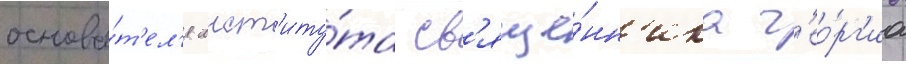
основа́т'ел'я инст'иту́та св'яще́нн'ика г'ео́рг'иа